65_HS1-834228961_62-HQ-83894_Serial_438
Agency: FBI
Page 11
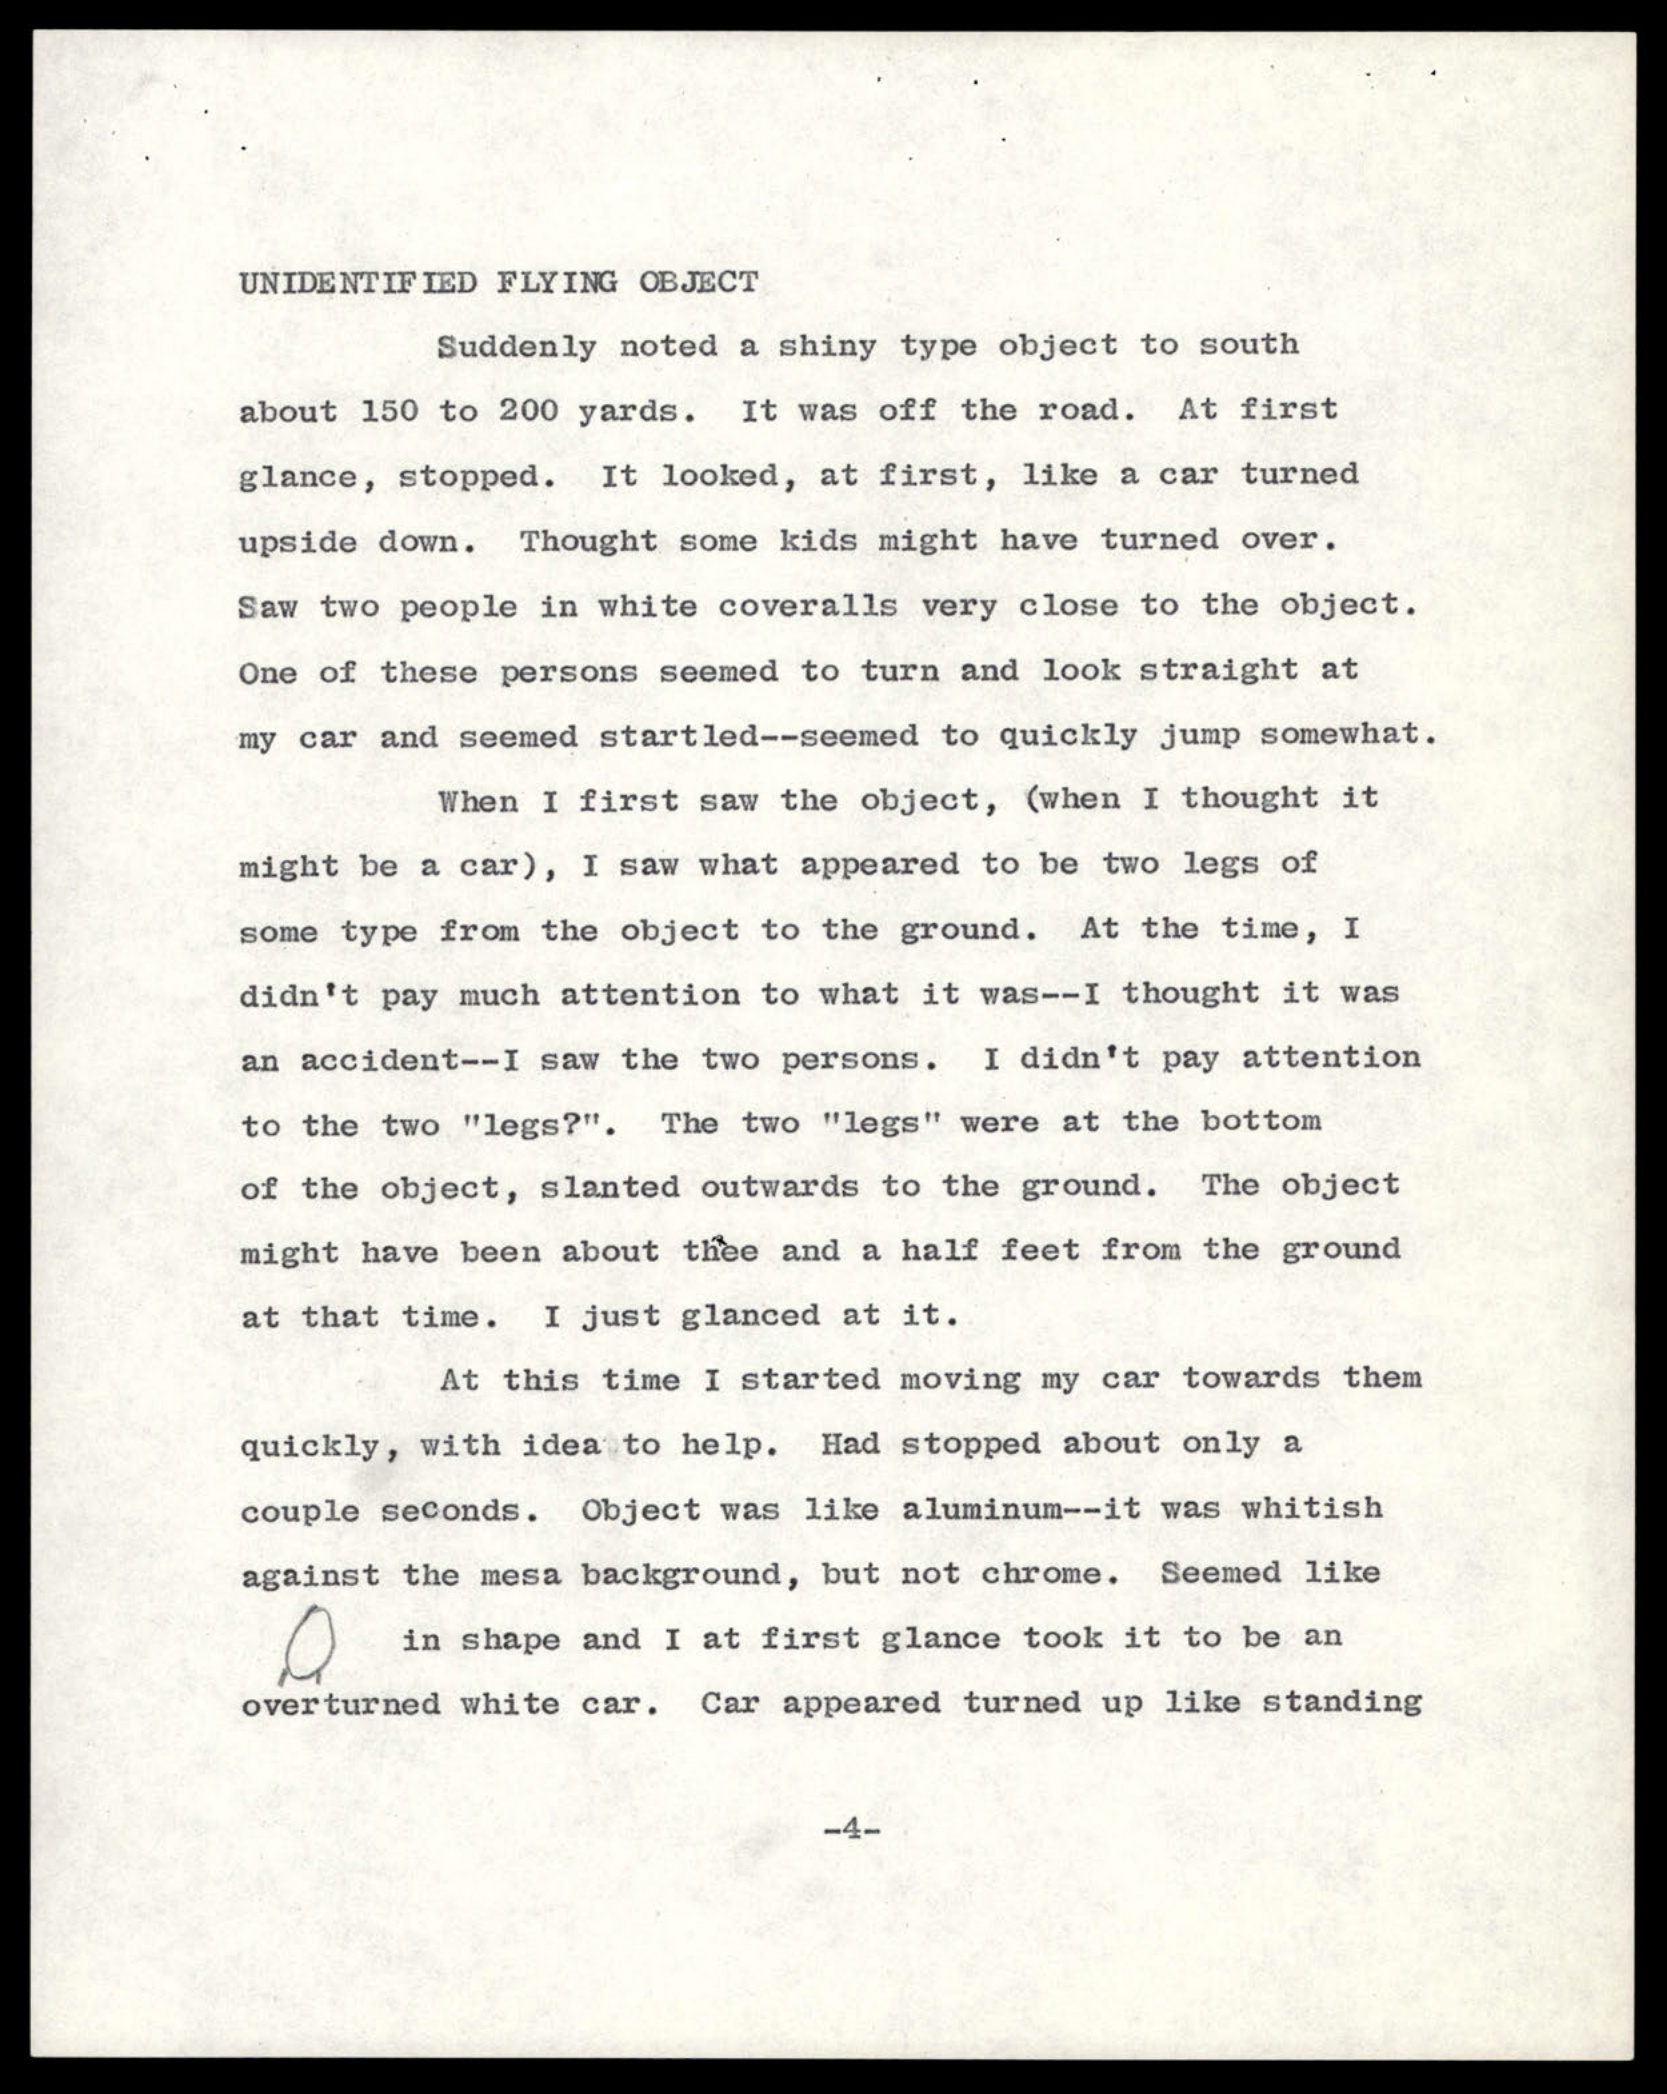